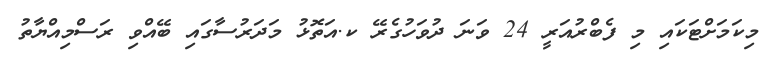
މިކަމަށްޓަކައި މި ފެބްރުއަރީ 24 ވަނަ ދުވަހުގެރޭ ކ.އަތޮޅު މަދަރުސާގައި ބޭއްވި ރަސްމިއްޔާތު